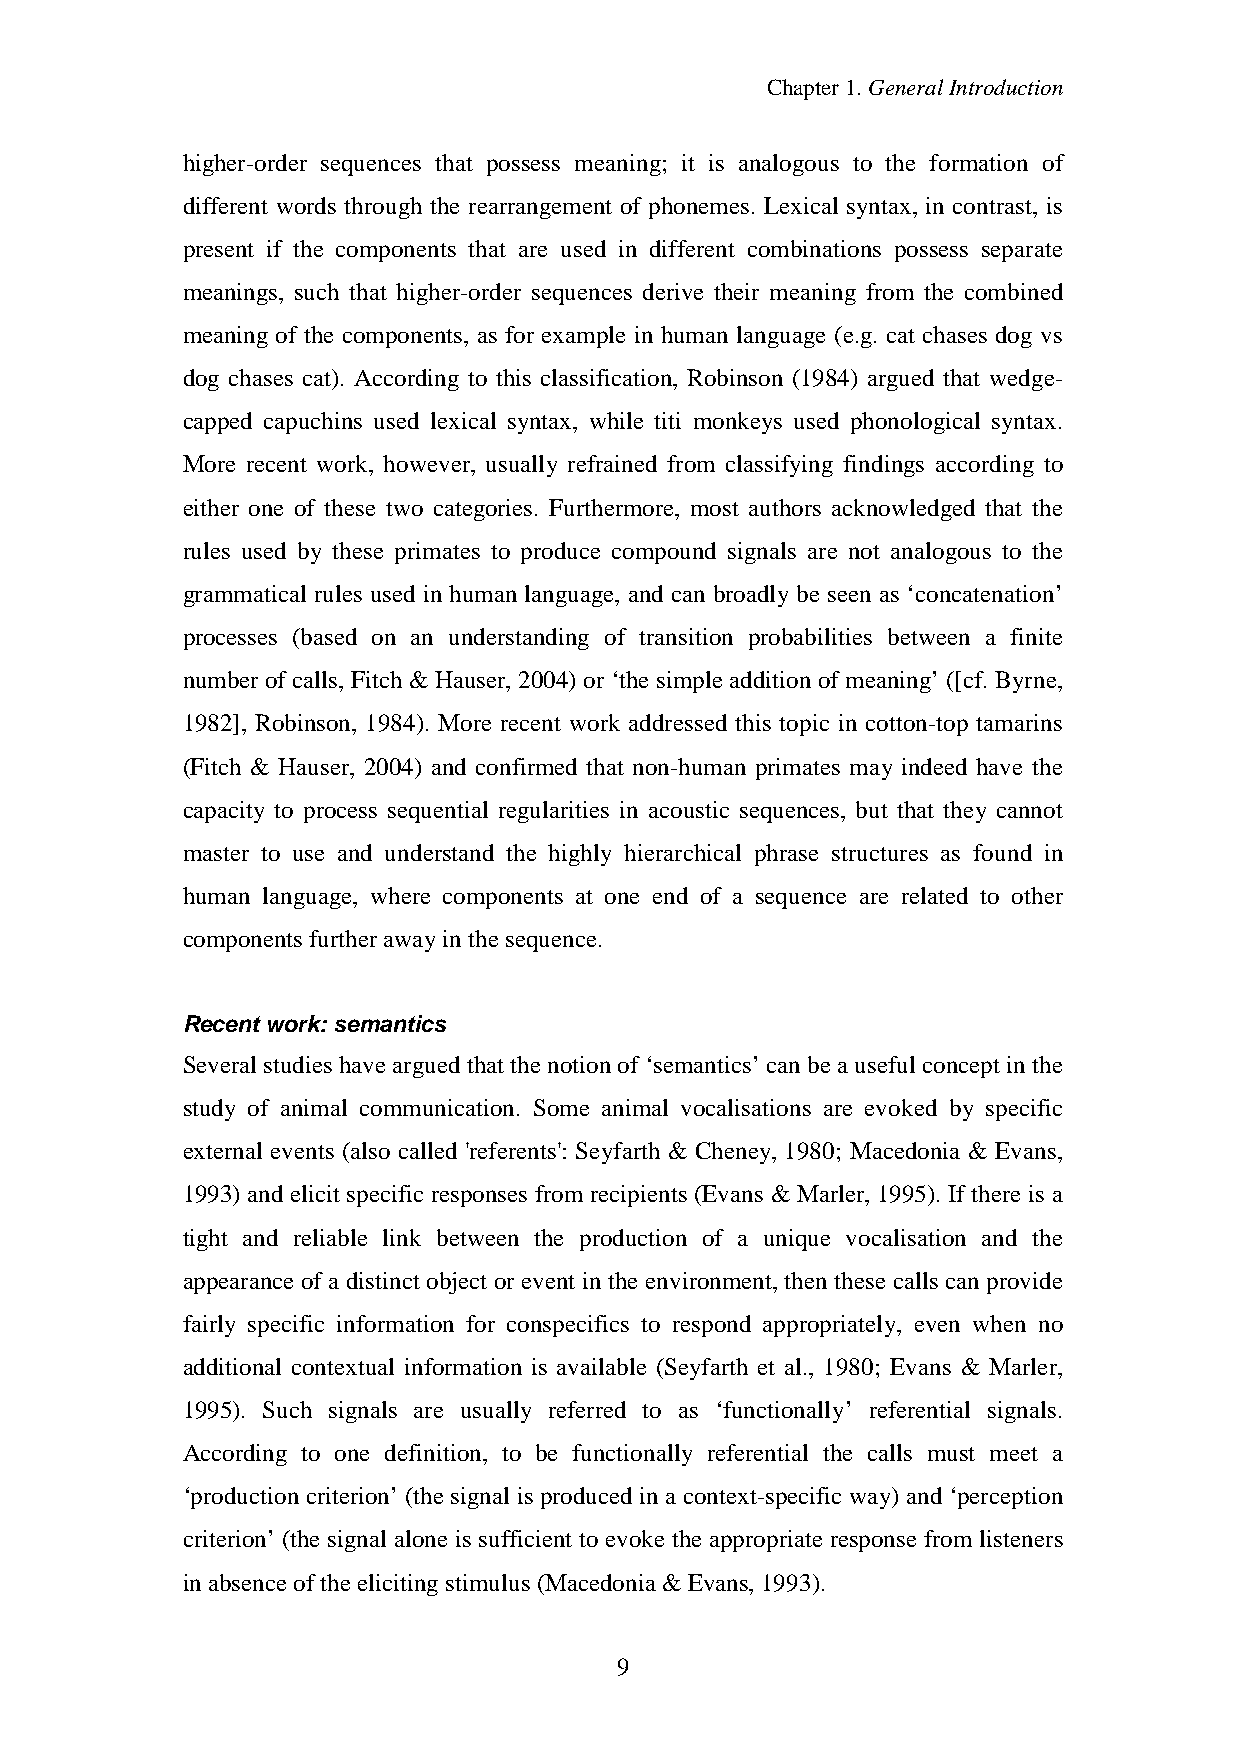
Chapter1.GeneralIntroduction
 higher-order sequences that possess meaning; it is analogous to the formation of
 different words through the rearrangement of phonemes. Lexical syntax, in contrast, is
 present if the components that are used in different combinations possess separate
 meanings, such that higher-order sequences derive their meaning from the combined
 meaning of the components, as for example in human language (e.g. cat chases dog vs
 dog chases cat). According to this classification, Robinson (1984) argued that wedge-
 capped capuchins used lexical syntax, while titi monkeys used phonological syntax.
 More recent work, however, usually refrained from classifying findings according to
 either one of these two categories. Furthermore, most authors acknowledged that the
 rules used by these primates to produce compound signals are not analogous to the
 grammatical rules used in human language, and can broadly be seen as ‘concatenation’
 processes (based on an understanding of transition probabilities between a finite
 number of calls, Fitch & Hauser, 2004) or ‘the simple addition of meaning’ ([cf. Byrne,
 1982], Robinson, 1984). More recent work addressed this topic in cotton-top tamarins
 (Fitch & Hauser, 2004) and confirmed that non-human primates may indeed have the
 capacity to process sequential regularities in acoustic sequences, but that they cannot
 master to use and understand the highly hierarchical phrase structures as found in
 human language, where components at one end of a sequence are related to other
 components further awayinthesequence.
 Recent work: semantics
 Several studies havearguedthat thenotionof‘semantics’canbeauseful concept inthe
 study of animal communication. Some animal vocalisations are evoked by specific
 external events (also called 'referents': Seyfarth & Cheney, 1980; Macedonia & Evans,
 1993) and elicit specific responses from recipients (Evans & Marler, 1995). If there is a
 tight and reliable link between the production of a unique vocalisation and the
 appearance of a distinct object or event in the environment, then these calls can provide
 fairly specific information for conspecifics to respond appropriately, even when no
 additional contextual information is available (Seyfarth et al., 1980; Evans & Marler,
 1995). Such signals are usually referred to as ‘functionally’ referential signals.
 According to one definition, to be functionally referential the calls must meet a
 ‘production criterion’ (the signal is produced in a context-specific way) and ‘perception
 criterion’ (the signal alone is sufficient to evoke the appropriate response from listeners
 inabsenceoftheelicitingstimulus (Macedonia& Evans, 1993).
 9